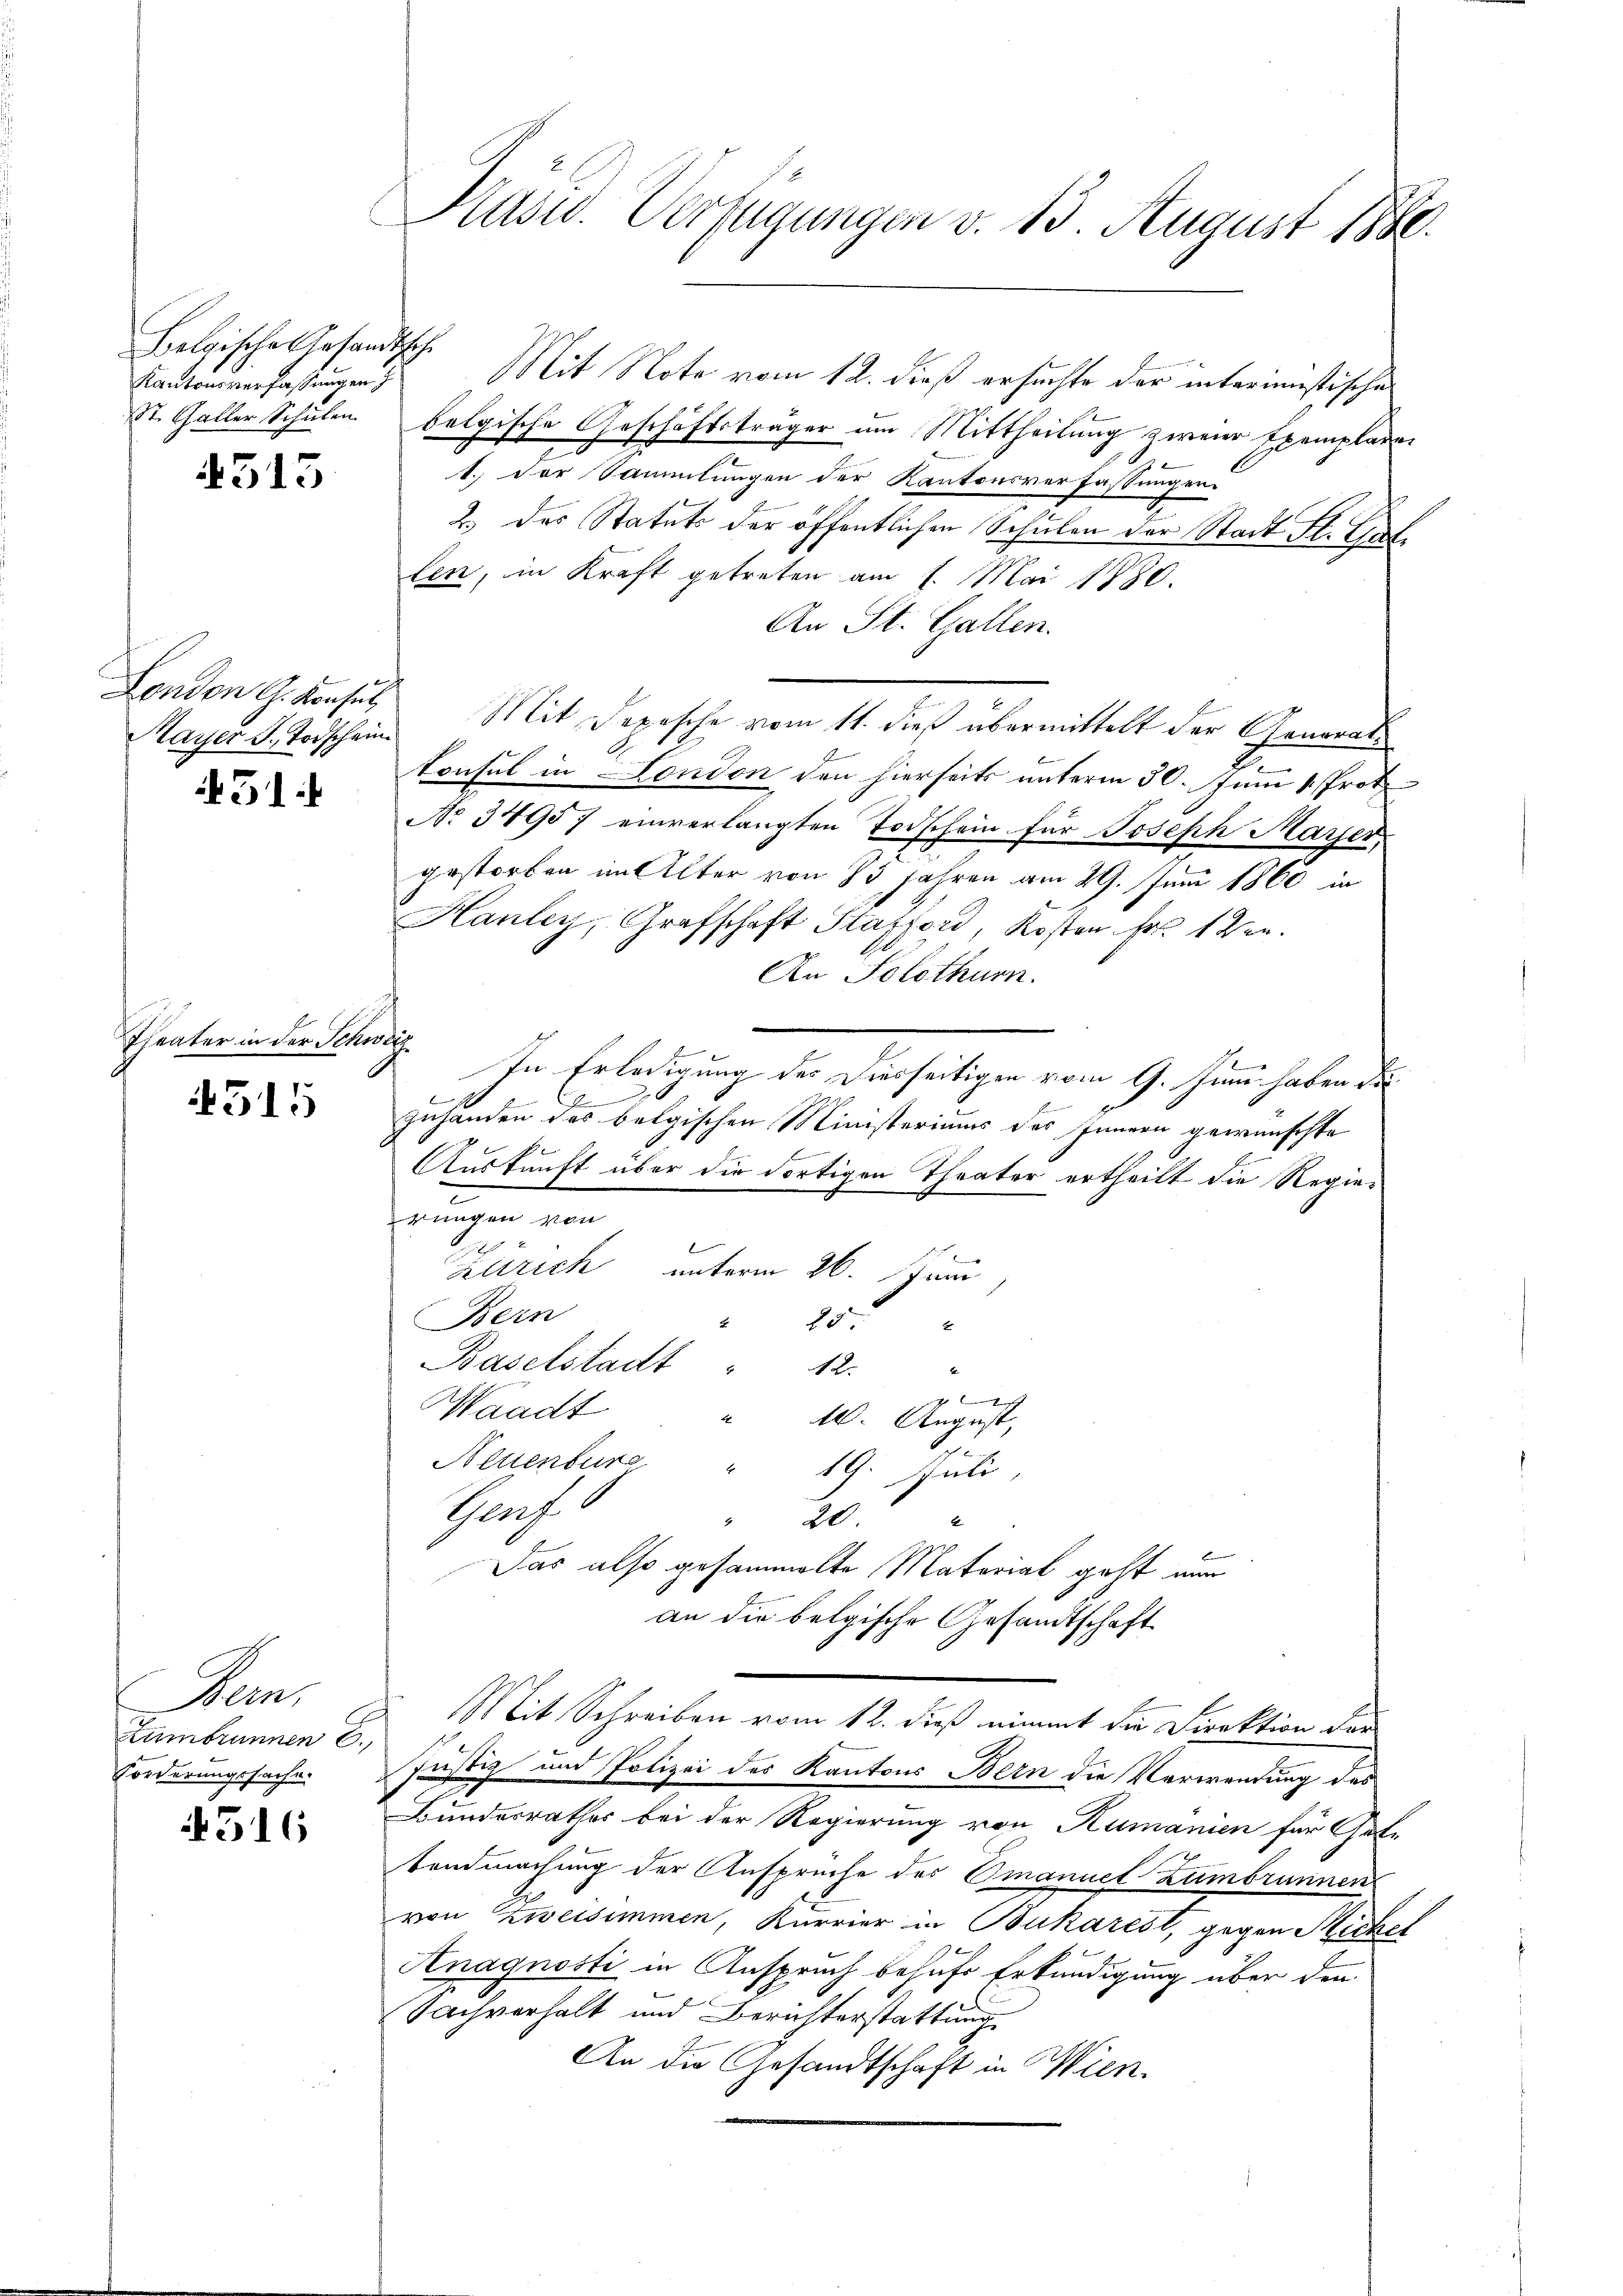
Belgische Gesandtsche
Kantonsverfassungen h

4513

London G. Konsul

451.

Theater in der Schweiz

4515

Man
Zumbrunnen E.
Forderungssache.

4516

Kusid. Verfügungen v. 13. August 1880.

Mit Note vom 12. dieß ersuchte der interimistische
St. Galler Schulen belgische Geschäftsträger um Mittheilung zweier Exemplaren
1.) Der Sammlungen der Kantonsverfassungen
2. des Statuts der öffentlichen Schulen der Stadt St. Gali
len, in Kraft getreten am 1. Mai 1880.
An St. Gallen.
Mayer d. Todschein Mit Depesche vom 11. dieß übermittelt der Generaltonsul in London den hierseits unterm 30. Juni 1 Prot
No. 3495 7 einverlangten Todschein für Joseph Marier
gestorben im Alter von 33 Jahren am 29. Juni 1860 in
Hauley, Grafschaft Stafford, Kosten Frs. 1 Ven.
An Solothurn.
In Erledigung des Diesseitigen vom 9. Juni haben die
2
zuhanden das belgischen Ministeriums des Innern gewünschte
b
Auskunft über die dortigen Theater ertheilt die Regierungen von
6
Zürich unterm 26. Juni
Bern
1
Baselstadt " 12
4
7
Waadt
xx
10. August,
.
Neuenbure " 19. Juli,
Prof.
20.
Das also gesammelte Material geht nur
an die belgische Gesandtschaft
Mit Schreiben vom 12. dieß nimmt die Direktion der
Justiz und Polizei des Kantons Bern die Verwendung des
Bundesrathes bei der Regierung von Humanien für Gute
tendmachung der Ansprüche des Omanuel Lambrunnen
von Zweisimmen, Kurrier in Bukarest, gegen Michel
Anagnosti in Anspruch behufe Erkundigung über den
Sachverhalt und Berichterstattung
An die Gesandtschaft in Wien.